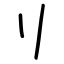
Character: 刂